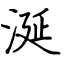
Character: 涎